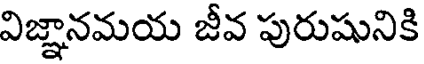
విజ్ఞానమయ జీవ పురుషునికి